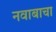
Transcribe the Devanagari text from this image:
नवाबाचा